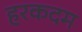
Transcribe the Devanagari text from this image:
हरकदम